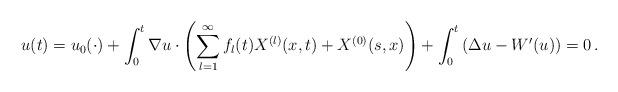
LaTeX: \begin{align*}u(t)=u_{0}(\cdot)+\int_{0}^{t}\nabla u\cdot\left(\sum_{l=1}^{\infty}f_{l}(t)X^{(l)}(x,t)+X^{(0)}(s,x)\right)+\int_{0}^{t}\left(\Delta u-W'(u)\right)=0\,.\end{align*}